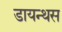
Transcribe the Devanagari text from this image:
डायन्थस